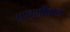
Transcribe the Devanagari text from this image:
एससीवाय